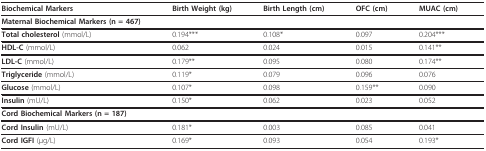
| Biochemical Markers | Birth Weight (kg) | Birth Length (cm) | OFC (cm) | MUAC (cm) |
 | --- | --- | --- | --- | --- |
 | Maternal Biochemical Markers (n = 467) |  |  |  |  |
 | Total cholesterol (mmol/L) | 0.194*** | 0.108* | 0.097 | 0.204*** |
 | HDL-C (mmol/L) | 0.062 | 0.024 | 0.015 | 0.141** |
 | LDL-C (mmol/L) | 0.179** | 0.095 | 0.080 | 0.174** |
 | Triglyceride (mmol/L) | 0.119* | 0.079 | 0.096 | 0.076 |
 | Glucose (mmol/L) | 0.107* | 0.098 | 0.159** | 0.090 |
 | Insulin (mU/L) | 0.150* | 0.062 | 0.023 | 0.052 |
 | Cord Biochemical Markers (n = 187) |  |  |  |  |
 | Cord Insulin (mU/L) | 0.181* | 0.003 | 0.085 | 0.041 |
 | Cord IGFI (μg/L) | 0.169* | 0.093 | 0.054 | 0.193* |